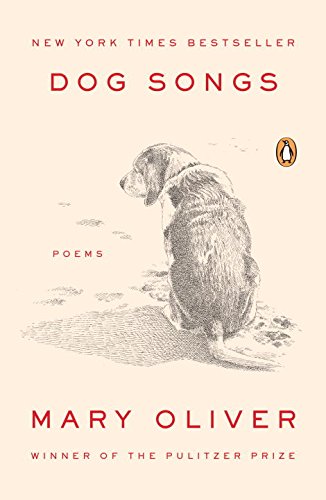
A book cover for Dog Songs: Poems; Mary Oliver; Literature & Fiction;